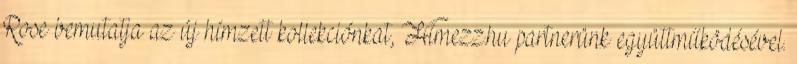
Rose bemutatja az új hímzett kollekciónkat, Hímezz.hu partnerünk együttműködésével.